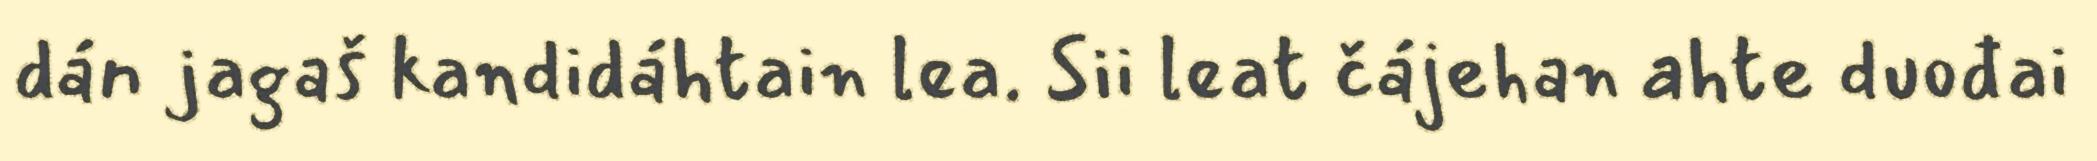
dán jagaš kandidáhtain lea. Sii leat čájehan ahte duođai